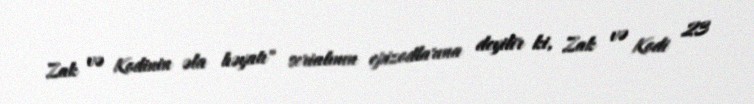
Zak və Kodinin əla həyatı" serialının epizodlarına deyilir ki, Zak və Kodi 23